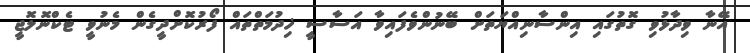
އޭނާ ވިދާޅުވި ގޮތުގައި އިންސާނިއްޔަތަށް ބޭނުންވެފައިވާ އަސާސީ ޚިދުމަތްތައް ފޯރުކޮށްދީގެން މެނުވީ ޓެކްނޮލޮޖީ